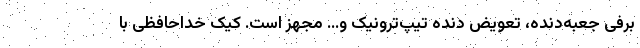
برفی جعبه‌دنده، تعویض دنده تیپ‌ترونیک و… مجهز است. کیک خداحافظی با